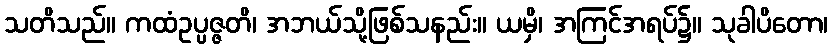
သတိသည်။ ကထံဥပ္ပဇ္ဇတိ၊ အဘယ်သို့ဖြစ်သနည်း။ ယမှိ၊ အကြင်အရပ်၌။ သုခါပိတော၊